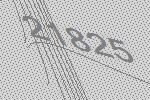
21825